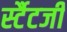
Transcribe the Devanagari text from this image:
र्स्टैटजी